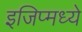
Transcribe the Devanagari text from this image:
इजिप्मध्ये